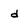
Character: d